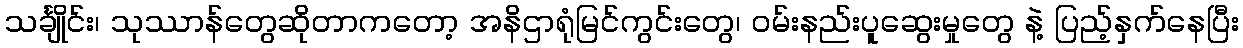
သင်္ချိုင်း၊ သုဿာန်တွေဆိုတာကတော့ အနိဌာရုံမြင်ကွင်းတွေ၊ ဝမ်းနည်းပူဆွေးမှုတွေ နဲ့ ပြည့်နှက်နေပြီး